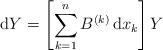
LaTeX: \begin{align*} {\rm d}Y=\left[\sum_{k=1}^nB^{(k)}\,{\rm d}x_k\right]Y \end{align*}